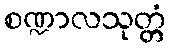
စဏ္ဍာလသုတ္တံ